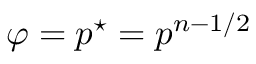
\varphi = p ^ { \star } = p ^ { n - 1 / 2 }